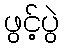
ဖွင့်ပွဲ